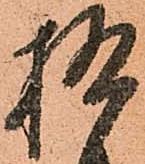
極